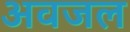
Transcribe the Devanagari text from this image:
अवजल